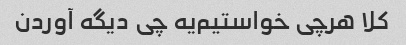
کلا هرچی خواستیم‌یه چی دیگه آوردن‌